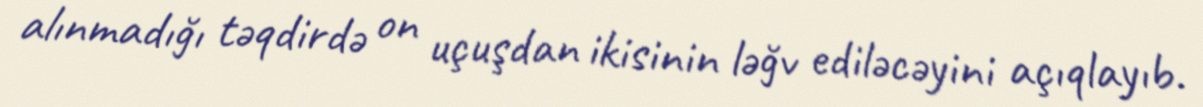
alınmadığı təqdirdə on uçuşdan ikisinin ləğv ediləcəyini açıqlayıb.